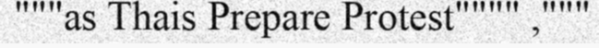
"""as Thais Prepare Protest"""" ,"""